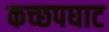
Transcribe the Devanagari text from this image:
कच्छपघाट